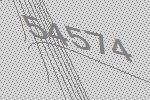
54574